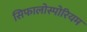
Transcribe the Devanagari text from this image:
सिफालोस्पोरियम